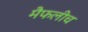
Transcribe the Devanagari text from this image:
मैफलीच